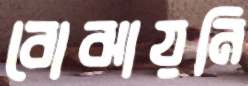
বোঝায়নি